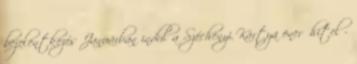
bejelentkezés Januárban indul a Széchenyi Kártya önerőhitel -